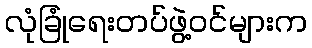
လုံခြုံရေးတပ်ဖွဲ့ဝင်များက